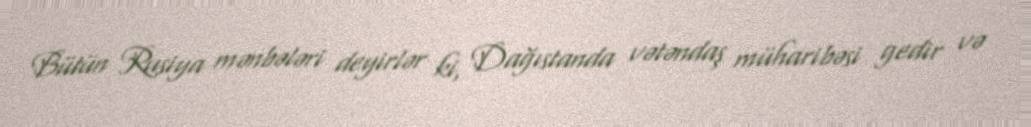
Bütün Rusiya mənbələri deyirlər ki, Dağıstanda vətəndaş müharibəsi gedir və